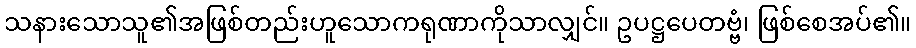
သနားသောသူ၏အဖြစ်တည်းဟူသောကရုဏာကိုသာလျှင်။ ဥပဋ္ဌပေတဗ္ဗံ၊ ဖြစ်စေအပ်၏။